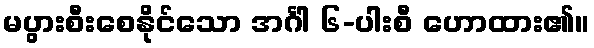
မပွားစီးစေနိုင်သော အင်္ဂါ ၆-ပါးစီ ဟောထား၏။